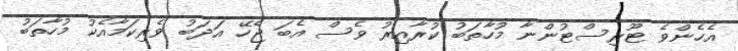
އެހެންވެ ޓޫރިސްޓުންނާ މުހާތަބު ކުރާއިރު ވެސް އެބަ ޖެހޭ އަދަބު ވެރިކަމާއެކު މުހާތަބު